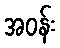
အဝန်း